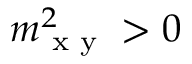
m _ { \textrm { x y } } ^ { 2 } > 0